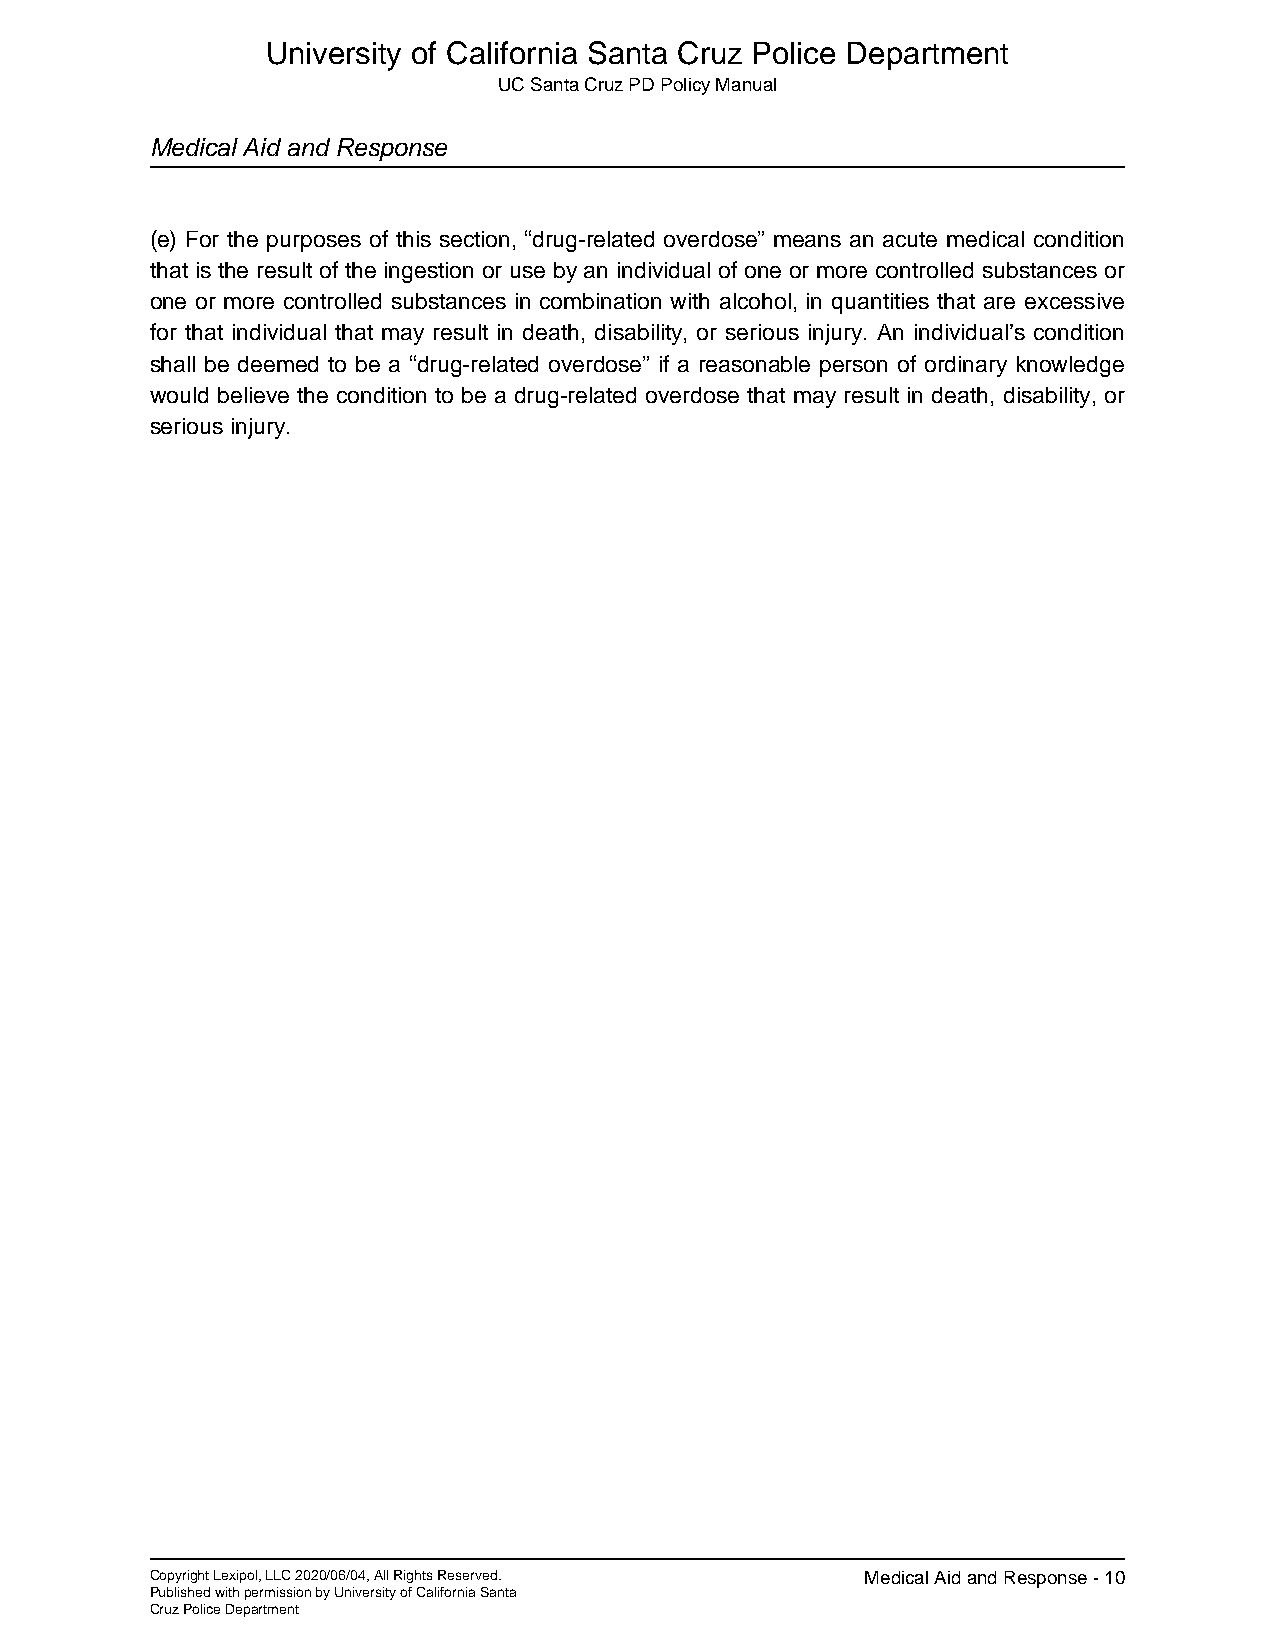
University of California Santa Cruz Police Department
 UC Santa Cruz PD Policy Manual
 Medical Aid and Response
 (e) For the purposes of this section, “drug-related overdose” means an acute medical condition
 that is the result of the ingestion or use by an individual of one or more controlled substances or
 one or more controlled substances in combination with alcohol, in quantities that are excessive
 for that individual that may result in death, disability, or serious injury. An individual’s condition
 shall be deemed to be a “drug-related overdose” if a reasonable person of ordinary knowledge
 would believe the condition to be a drug-related overdose that may result in death, disability, or
 serious injury.
 Copyright Lexipol, LLC 2020/06/04, All Rights Reserved. Medical Aid and Response - 10
 Published with permission by University of California Santa
 Cruz Police Department